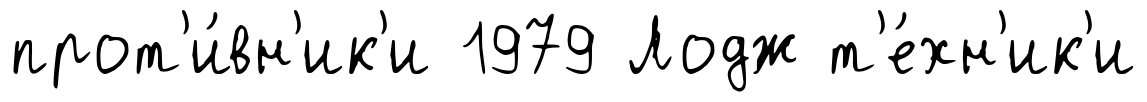
прот'и́вн'ик'и 1979 Лодж т'е́хн'ик'и